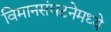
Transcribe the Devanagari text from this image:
विमानसंघटनेमध्ये